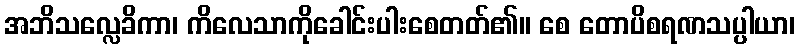
အဘိသလ္လေခိကာ၊ ကိလေသာကိုခေါင်းပါးစေတတ်၏။ စေ တောပိစရဏသပ္ပါယာ၊